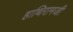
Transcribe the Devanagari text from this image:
हाथिरामजी